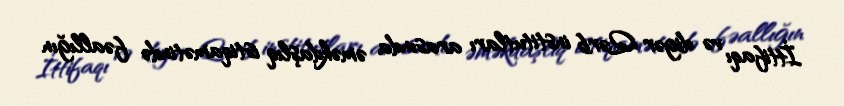
İttifaqı və digər Qərb institutları arasında əməkdaşlıq istiqamətində fəallığın